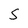
Character: S